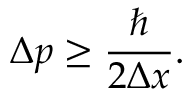
\Delta p \geq { \frac { \hbar } { 2 \Delta x } } .